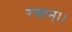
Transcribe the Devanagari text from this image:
रसान्।।